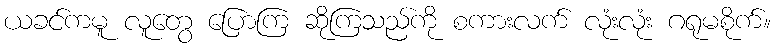
ယခင်ကမူ လူတွေ ပြောကြ ဆိုကြသည်ကို စကားလက် လုံးလုံး ဂရုမစိုက်။